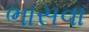
ભાસવા